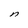
Character: n